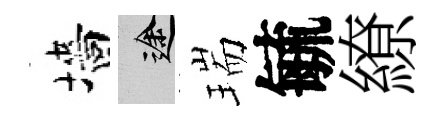
墻途瑞毓繚